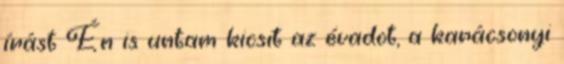
írást Én is untam kicsit az évadot, a karácsonyi